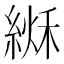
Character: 𦂏